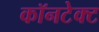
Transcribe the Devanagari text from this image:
कॉनटेक्ट